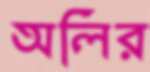
অলির